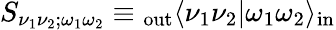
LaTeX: S_{\nu_{1}\nu_{2};\omega_{1}\omega_{2}}\equiv{}_{\textrm{out}}\langle\nu_{1}\nu_{2}|\omega_{1}\omega_{2}\rangle_{\textrm{in}}